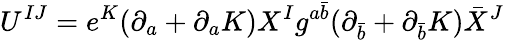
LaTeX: U^{IJ}=e^{K}(\partial_{a}+\partial_{a}K)X^{I}g^{a\bar{b}}(\partial_{\bar{b}}+\partial_{\bar{b}}K)\bar{X}^{J}